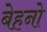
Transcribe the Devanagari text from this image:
बेहनो